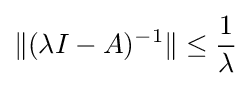
\|(\lambda I-A)^{-1}\|\leq {\frac {1}{\lambda }}